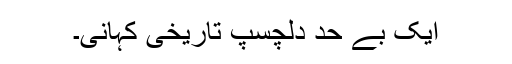
ایک بے حد دلچسپ تاریخی کہانی۔